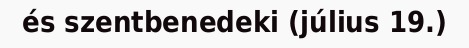
és szentbenedeki (július 19.)